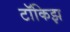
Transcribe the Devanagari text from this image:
टॉकिझ